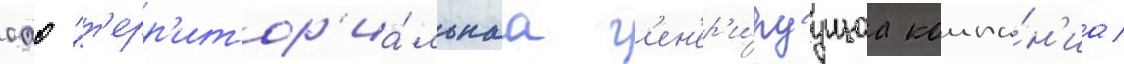
оао "т'ерр'итор'иа́льнаа г'ен'ер'и́руущаа компа́н'иа